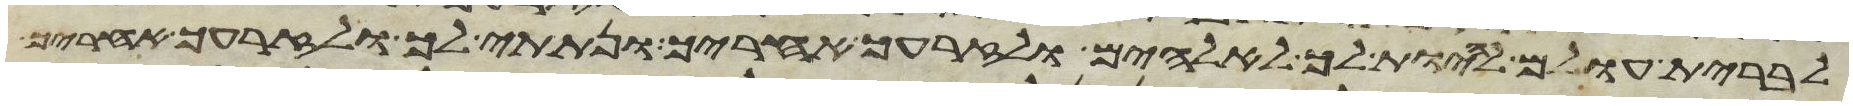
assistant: לברית עולם להיות לך לאלהים ולזרעך אחריך ונתתי לך ולזרעך אחריך